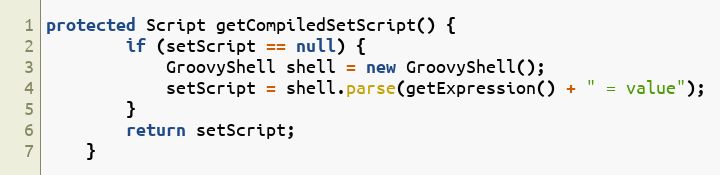
Language: Java
protected Script getCompiledSetScript() {
        if (setScript == null) {
            GroovyShell shell = new GroovyShell();
            setScript = shell.parse(getExpression() + " = value");
        }
        return setScript;
    }